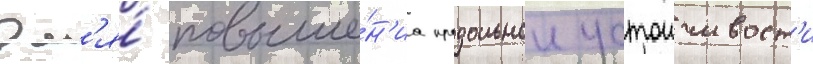
Дл'я́ повыше́н'иа продольнои устоичивост'и